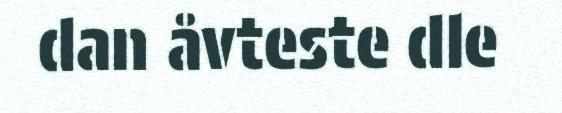
dan åvteste dle